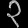
Digit: ၃